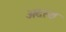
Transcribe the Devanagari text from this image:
अदस्थ